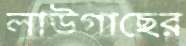
লাউগাছের